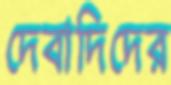
দেবাদিদের